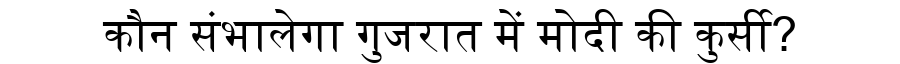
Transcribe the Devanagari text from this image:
कौन संभालेगा गुजरात में मोदी की कुर्सी?